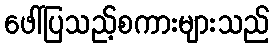
ဖေါ်ပြသည့်စကားများသည်